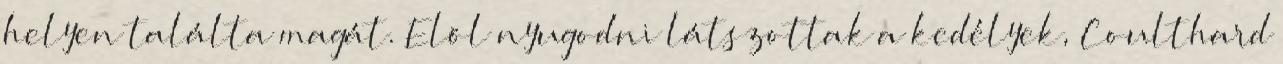
helyen találta magát. Elöl nyugodni látszottak a kedélyek, Coulthard